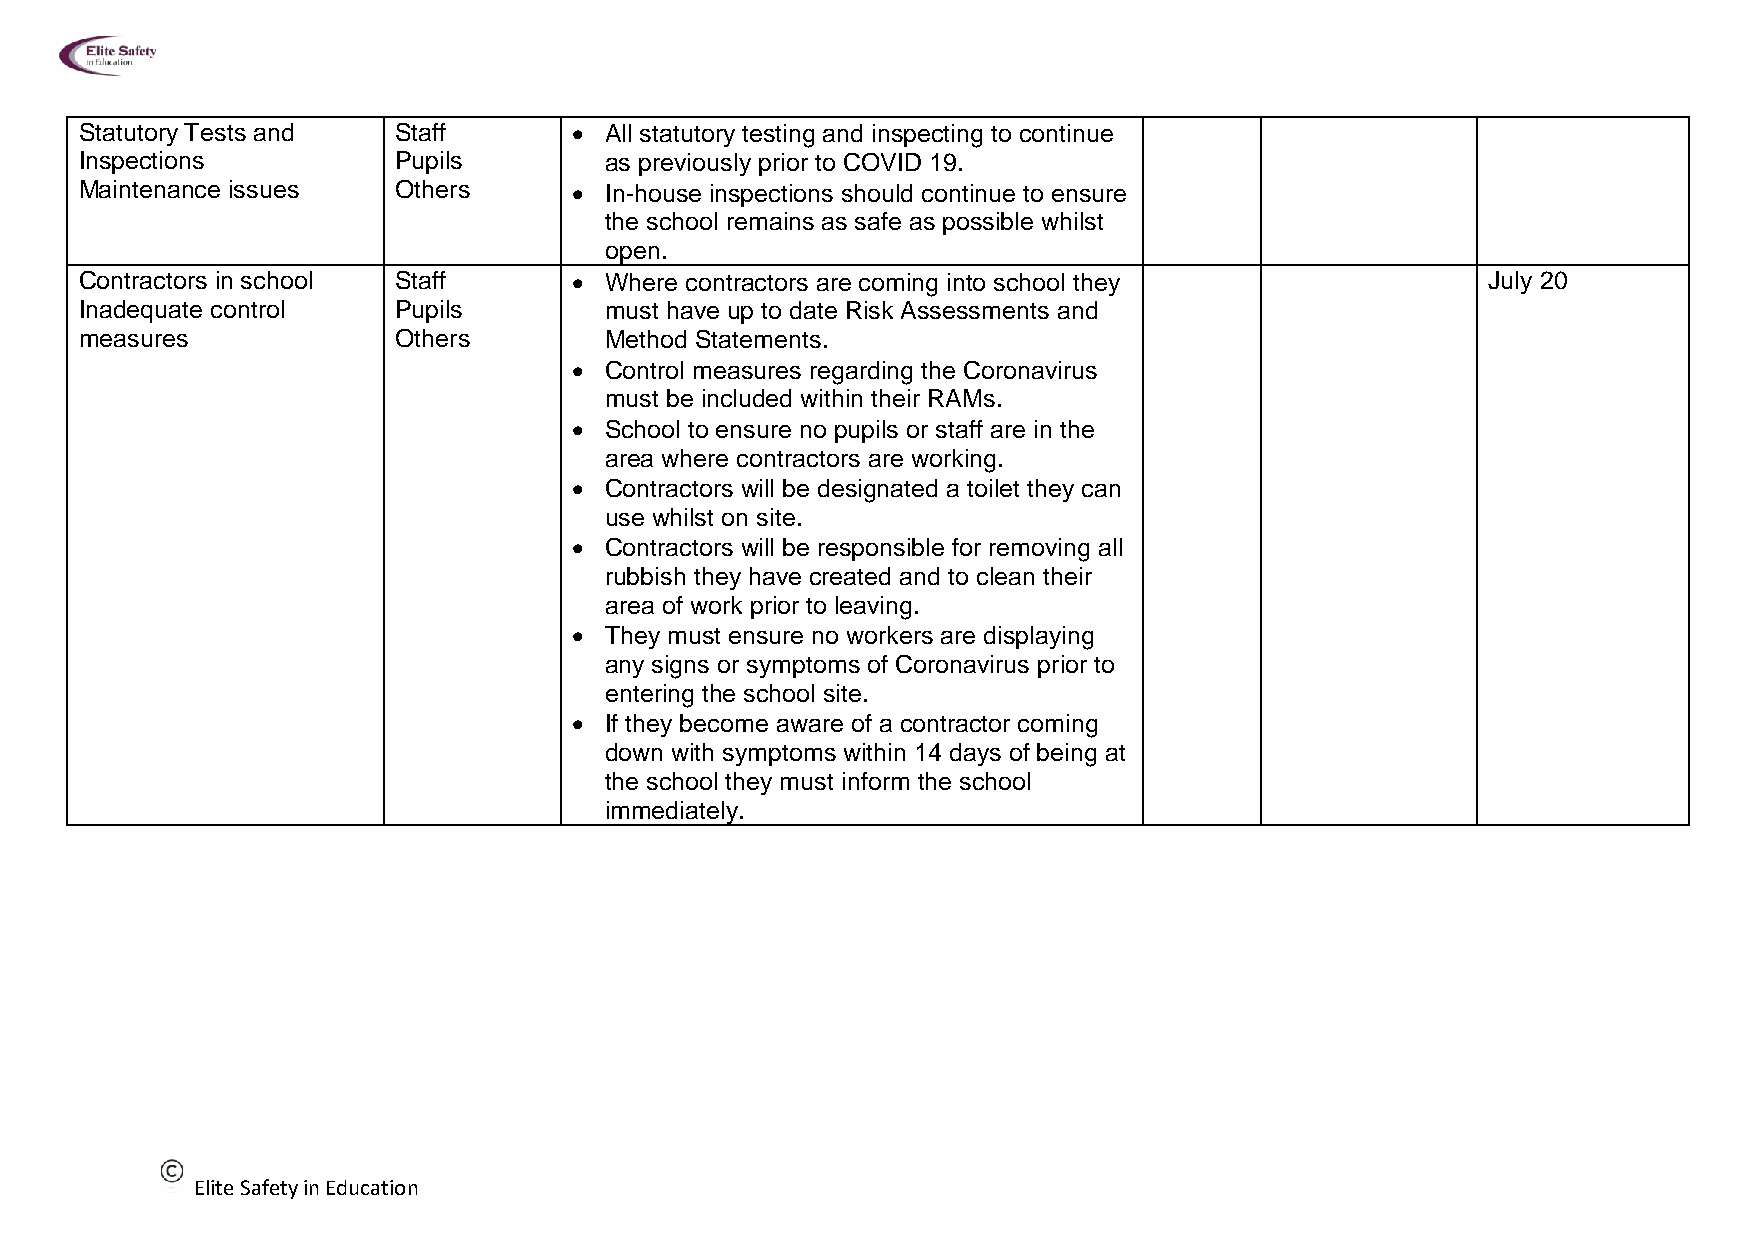
Statutory Tests and  Staff        All statutory testing and inspecting to continue
 Inspections          Pupils        as previously prior to COVID 19.
 Maintenance issues   Others       In-house inspections should continue to ensure
 the school remains as safe as possible whilst
 open.
 Contractors in school Staff       Where contractors are coming into school they             July 20
 Inadequate control   Pupils        must have up to date Risk Assessments and
 measures             Others        Method Statements.
  Control measures regarding the Coronavirus
 must be included within their RAMs.
  School to ensure no pupils or staff are in the
 area where contractors are working.
  Contractors will be designated a toilet they can
 use whilst on site.
  Contractors will be responsible for removing all
 rubbish they have created and to clean their
 area of work prior to leaving.
  They must ensure no workers are displaying
 any signs or symptoms of Coronavirus prior to
 entering the school site.
  If they become aware of a contractor coming
 down with symptoms within 14 days of being at
 the school they must inform the school
 immediately.
 Elite Safety in Education